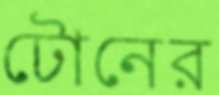
টোনের